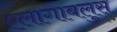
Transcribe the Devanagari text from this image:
एलागाबलुस